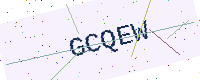
Text: GCQEW